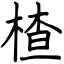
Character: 楂